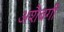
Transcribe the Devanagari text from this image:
अशैबगी